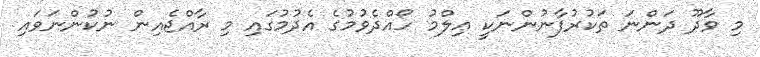
މި ވާދޫ ދަންނަ ތަކުރުފާނުންނަކީ ޢިލްމު ހޯއްދެވުމުގެ އެދުމުގައި މި ރާއްޖެއިން ނުކުންނަވައި